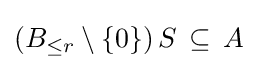
\left(B_{\leq r}\setminus \{0\}\right)S\,\subseteq \,A